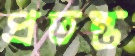
প্রতন্ত